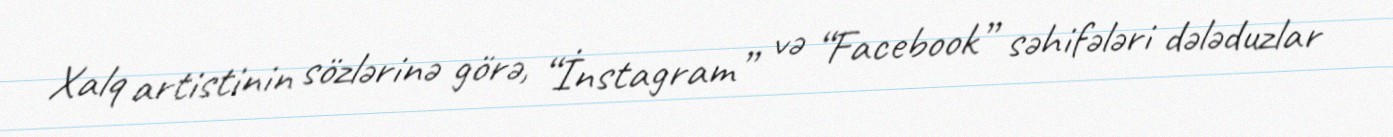
Xalq artistinin sözlərinə görə, “İnstagram” və “Facebook” səhifələri dələduzlar